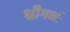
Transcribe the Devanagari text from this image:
श्रीगर्भः